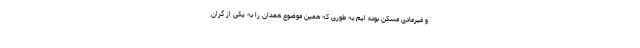
و غیرعادی مسکن بوده ایم به طوری که همین موضوع همدان را به یکی از گران